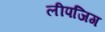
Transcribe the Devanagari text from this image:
लीपजिग